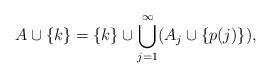
LaTeX: \begin{align*} A \cup \{k\} = \{k\} \cup \bigcup_{j=1}^\infty (A_j \cup \{p(j)\}), \end{align*}